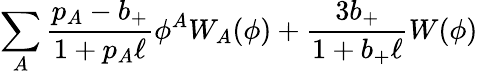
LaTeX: \sum_{A}{\frac{p_{A}-b_{+}}{1+p_{A}\ell}}\phi^{A}W_{A}(\phi)+{\frac{3b_{+}}{1+b_{+}\ell}}W(\phi)